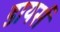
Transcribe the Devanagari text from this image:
डायर्स